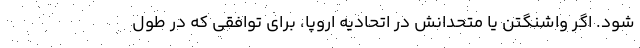
شود. اگر واشنگتن یا متحدانش در اتحادیه اروپا، برای توافقی که در طول